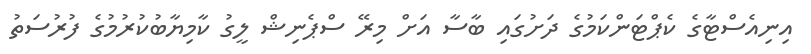
އިނިއެސްޓާގެ ކެޕްޓަންކަމުގެ ދަށުގައި ބާސާ އަށް މިރޭ ސްޕެނިޝް ލީގު ކާމިޔާބުކުރުމުގެ ފުރުސަތު